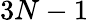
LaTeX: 3N-1